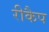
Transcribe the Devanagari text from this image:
रीकैप